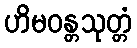
ဟိမဝန္တသုတ္တံ